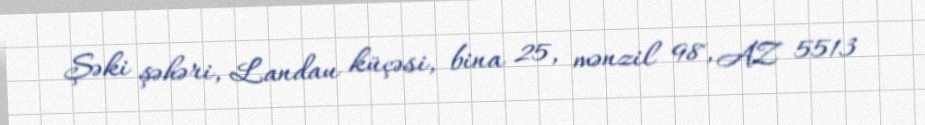
Şəki şəhəri, Landau küçəsi, bina 25, mənzil 98, AZ 5513